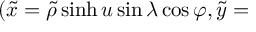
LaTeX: ( \tilde { x } = \widetilde { \rho } \sinh u \sin \lambda \cos \varphi , \tilde { y } =